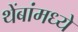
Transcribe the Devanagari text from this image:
थेंबांमध्ये